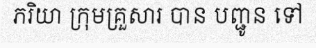
ភរិយា ក្រុមគ្រួសារ បាន បញ្ជូន ទៅ